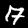
Label: 7